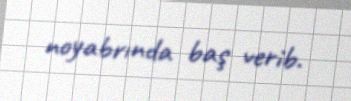
noyabrında baş verib.